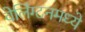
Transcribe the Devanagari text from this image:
वेलिंग्टनमध्ये